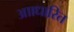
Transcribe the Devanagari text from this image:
आाधारित